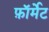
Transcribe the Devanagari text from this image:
फ़ाॅर्मेट